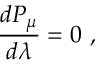
{ \frac { d P _ { \mu } } { d \lambda } } = 0 \ ,